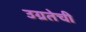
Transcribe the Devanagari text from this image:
उग्रतेची